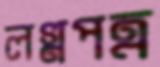
লগ্নপত্র